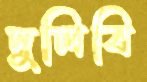
দুলিবি